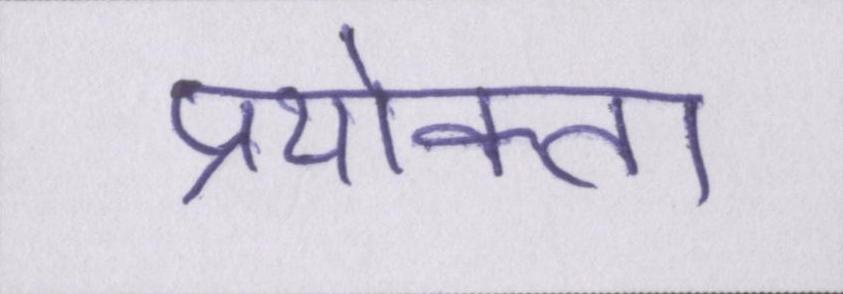
प्रयोक्ता